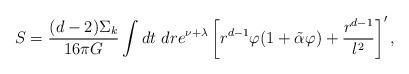
LaTeX: \begin{align*}S=\frac{(d-2)\Sigma_k}{16\pi G}\int dt\ dr e^{\nu+\lambda}\left [ r^{d-1} \varphi (1+\tilde \alpha \varphi) +\frac{r^{d-1}}{l^2}\right]',\end{align*}